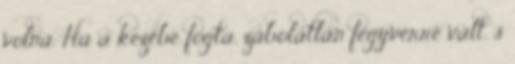
volna. Ha a kezébe fogta, zabolátlan fegyverré vált, s